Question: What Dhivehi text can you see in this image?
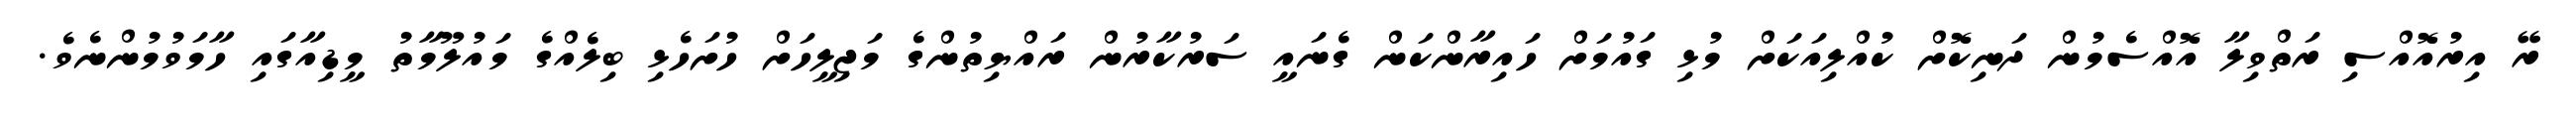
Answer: ރޭ އިރުއޮއްސި ރަތްވިލާ އޮއްސެމުން ދަނިކޮށް ކުއްލިއަކަށް މުޅި ގައުމަށް ހައިރާންކަން ގެނައީ ސަރުކާރުން ރައްޔިތުންގެ މަޖިލީހަށް ހުށަހެޅި ބިލެއްގެ މައުލޫމާތު މީޑިއާގައި ހާމަވުމުންނެވެ.